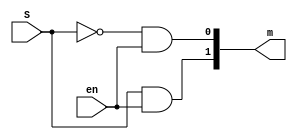
module Decoder1to2(m, S, en);
    input S; // select
    input en; // enable (positive logic)
    output [1:0]m; // 32 minterms
    assign m[0] = ~S&en;
    assign m[1] = S&en;
endmodule